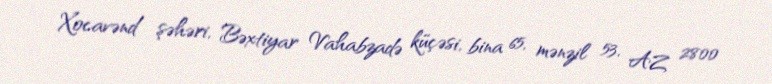
Xocavənd şəhəri, Bəxtiyar Vahabzadə küçəsi, bina 65, mənzil 53, AZ 2800